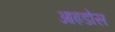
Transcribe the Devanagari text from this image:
आइडोस